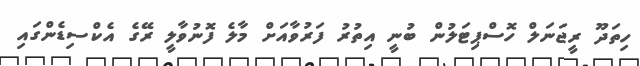
ހިތަދޫ ރީޖަނަލް ހޮސްޕިޓަލުން ބުނީ އިތުރު ފަރުވާއަށް މާލެ ފޮނުވާލީ ރޭގެ އެކްސިޑެންްގައި